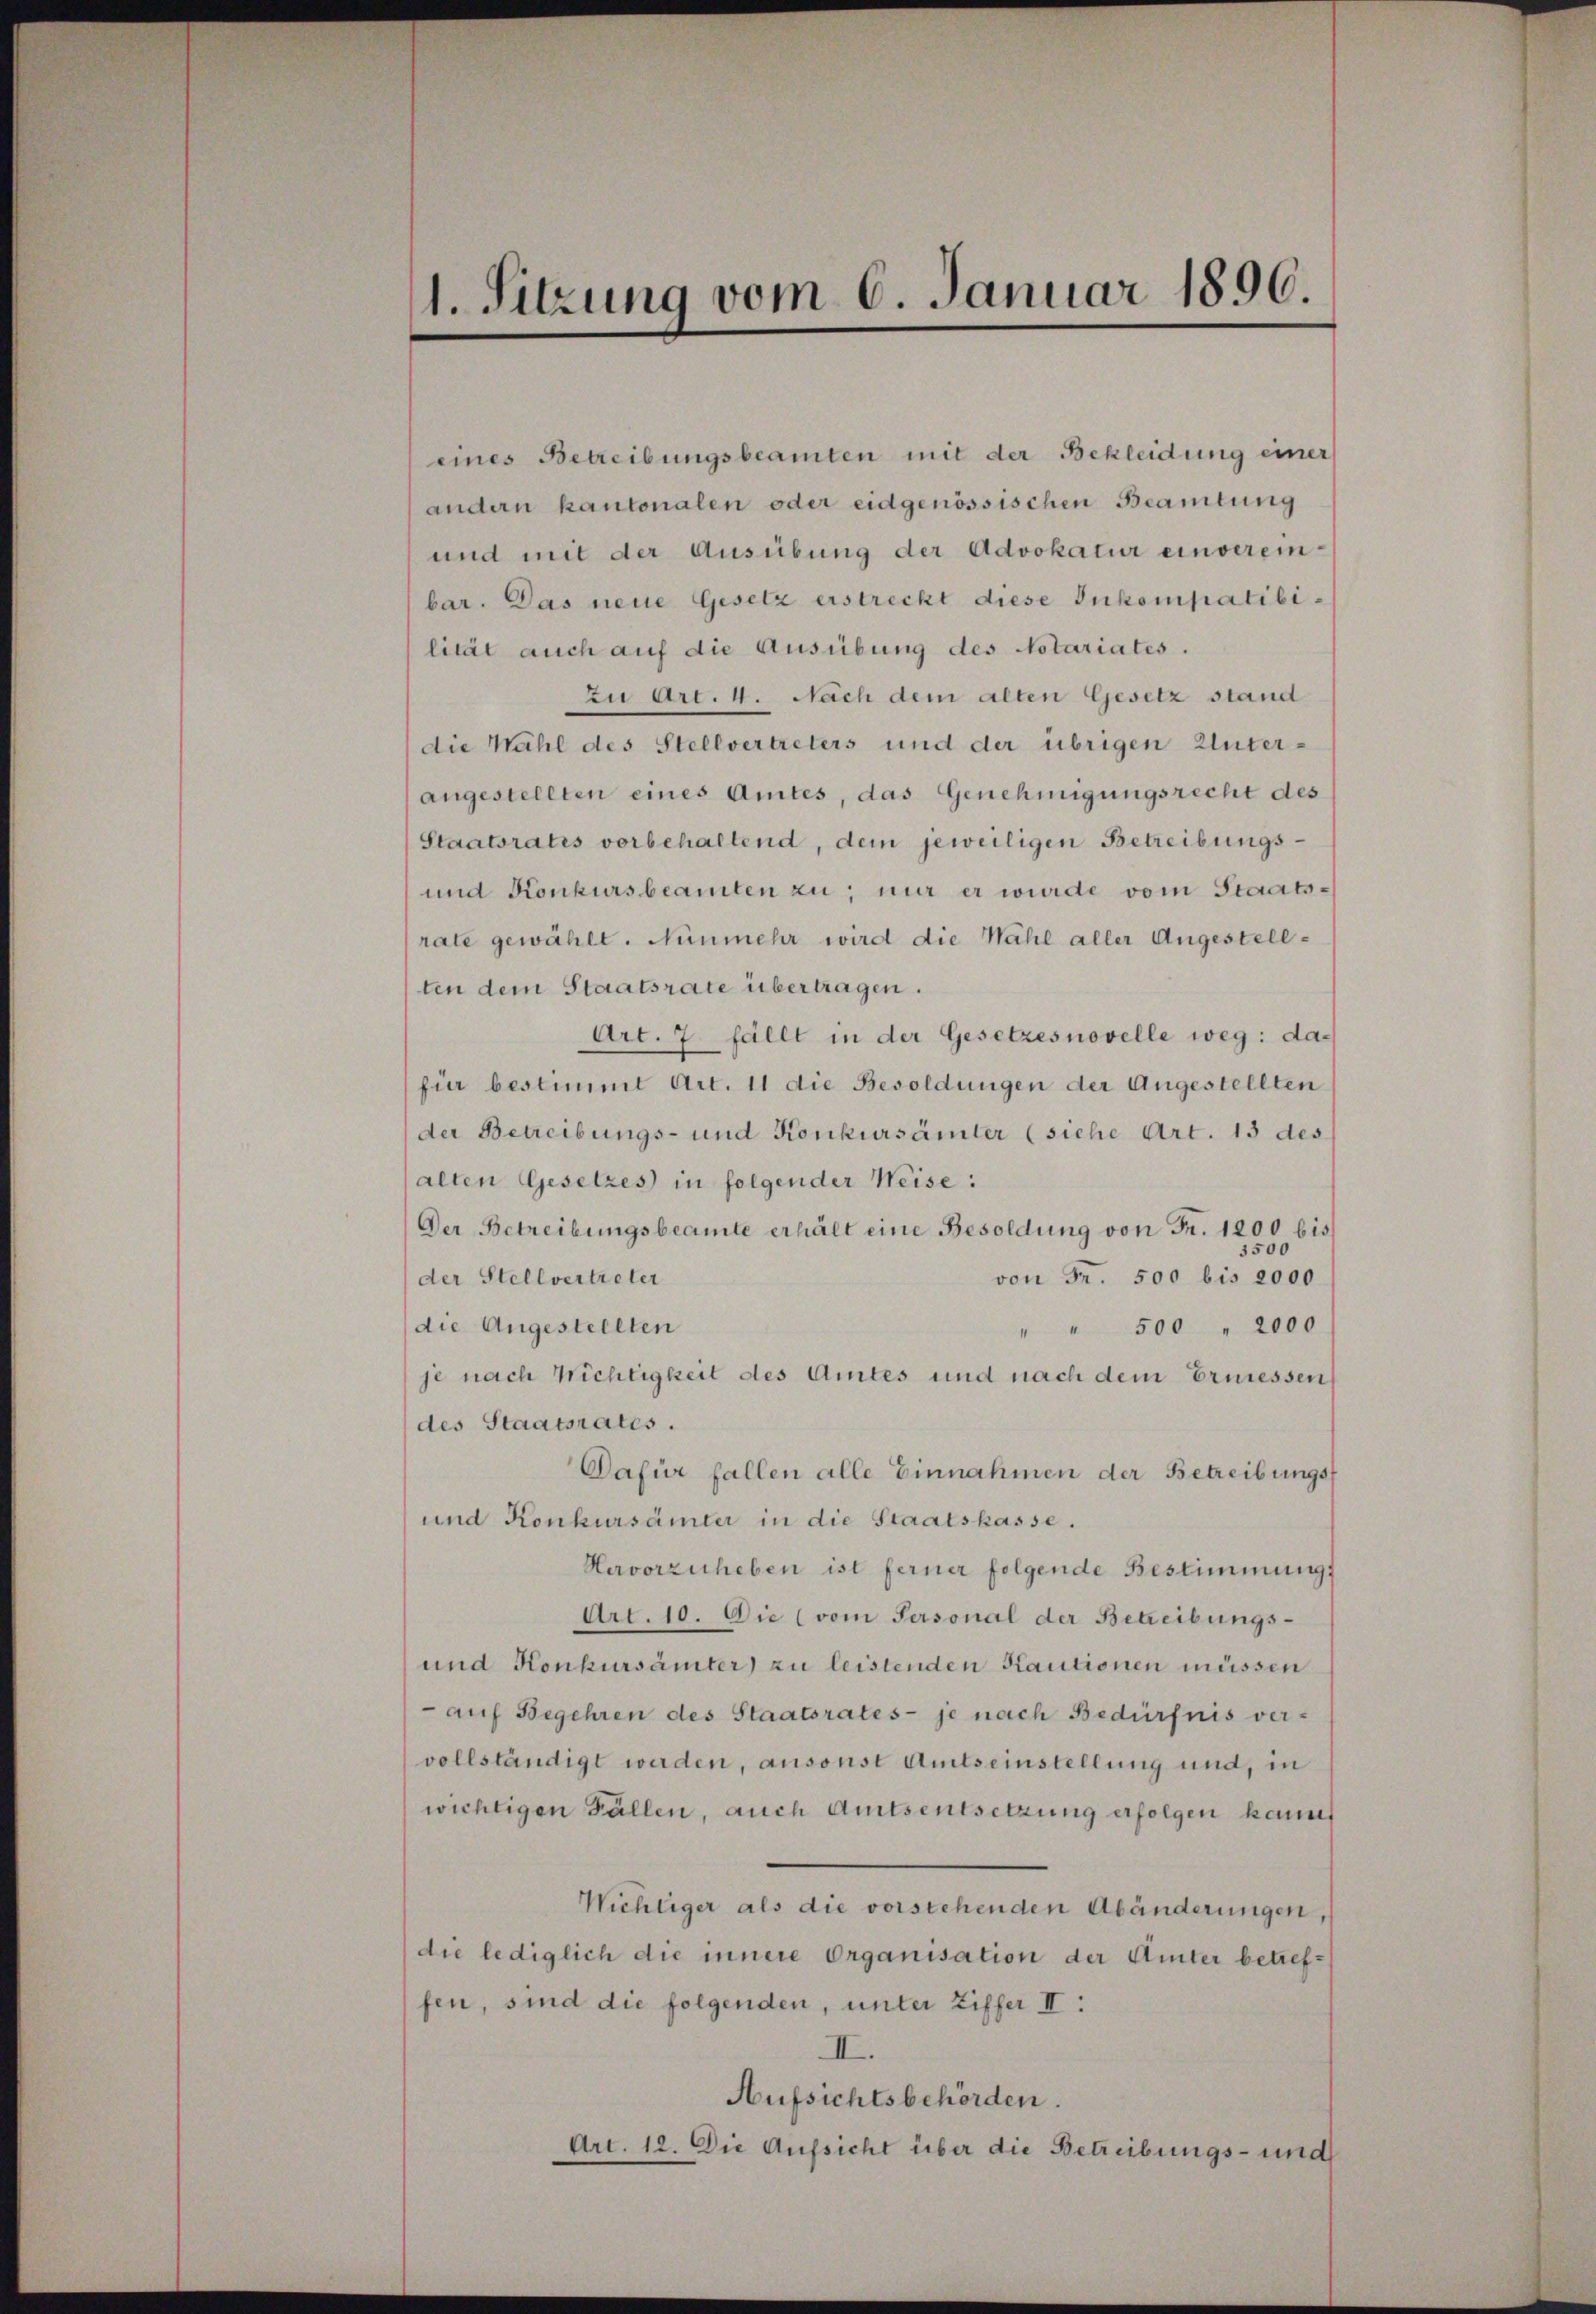
1. Sitzung vom 6. Januar 1896.

eines Betreibungsbeamten mit der Bekleidung einer
andern kantonalen oder eidgenössischen Beamtung
und mit der Ausübung der Advokatur einvereinbar. Das neue Gesetz erstreckt diese Inkompatibilität auch auf die Ausübung des Notariates.
zu Art. 4. Nach dem alten Gesetz stand
die Wahl des Stellvertreters und der übrigen Unterangestellten eines Amtes, das Genehmigungsrecht des
Staatsrates vorbehaltend, dem jeweiligen Betreibungs¬
und Konkursbeamten zu; nur er wurde vom Staatsrate gewählt. Nunmehr wird die Wahl aller Angestellten dem Staatsrate übertragen.
Art. 7. fällt in der Gesetzesnovelle weg: dafür bestimmt Art. 11 die Besoldungen der Angestellten
der Betreibungs- und Konkursämter (siehe Art. 13 des
alten Gesetzes in folgender Weise:
Der Betreibungsbeamte erhält eine Besoldung von Fr. 1200 bis
3500
von Fr. 500 bis 2000
der Stellvertreter
die Angestellten
" " 500 " 2000
je nach Wichtigkeit des Amtes und nach dem Ermessen
des Staatsrates.
Dafür fallen alle Einnahmen der Betreibungs¬
und Konkursämter in die Staatskasse.
Hervorzuheben ist ferner folgende Bestimmung:
Art. 10. Die (vom Personal der Betreibungs-
und Konkursämter) zu leistenden Kautionen müssen
 auf Begehren des Staatsrates je nach Bedürfnis ver-
vollständigt werden, ansonst Amtseinstellung und, in
wichtigen Fällen, auch Amtsentsetzung erfolgen kannt
Wichtiger als die vorstehenden Abänderungen,
die lediglich die innere Organisation der Miter betreffen, sind die folgenden, unter Ziffer II:
II.
Aufsichtsbehörden.
Art. 12. Die Aufsicht über die Betreibungs- und